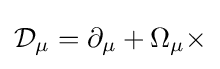
{\mathcal {D}}_{\mu }=\partial _{\mu }+\Omega _{\mu }\times